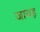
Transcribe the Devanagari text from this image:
जावड़